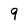
Character: 9